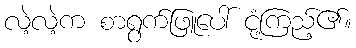
လဲ့လဲ့က စာရွက်ဖြူပေါ် ငုံ့ကြည့်၏။